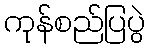
ကုန်စည်ပြပွဲ